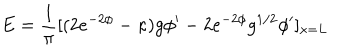
E = { \frac { 1 } { \pi } } [ ( 2 e ^ { - 2 \phi } - \kappa ) g \phi ^ { \prime } - 2 e ^ { - 2 \phi } g ^ { 1 / 2 } \phi ^ { \prime } ] _ { x = L }